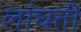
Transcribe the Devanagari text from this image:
लांघती